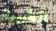
الطيبون